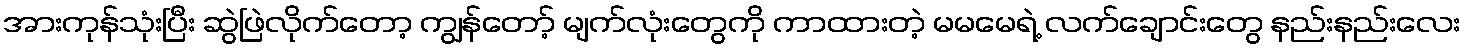
အားကုန်သုံးပြီး ဆွဲဖြဲလိုက်တော့ ကျွန်တော့် မျက်လုံးတွေကို ကာထားတဲ့ မမမေရဲ့ လက်ချောင်းတွေ နည်းနည်းလေး